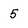
Character: 5